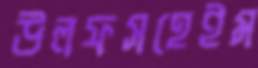
উলফসহেইম